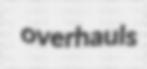
overhauls